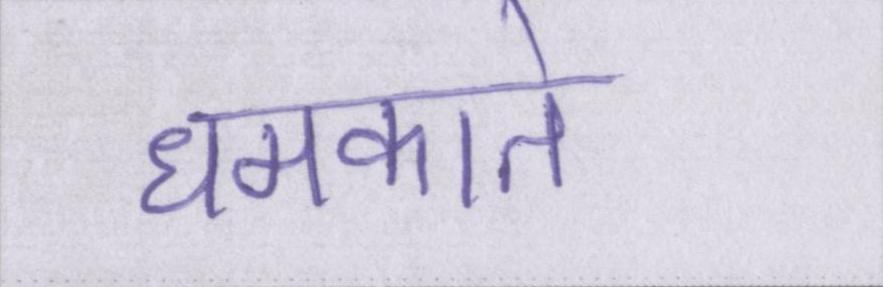
धमकाते